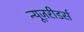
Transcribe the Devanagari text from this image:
न्यूज़रीडर्स